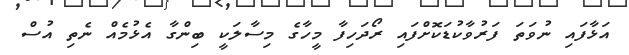
އަޅާފައި ނުވަތަ ފަރުވާކުޑަކޮށްފައި ރޯދަހިފާ މީހާގެ މިސާލަކީ ބިންގާ އެޅުމެއް ނެތި އުސް